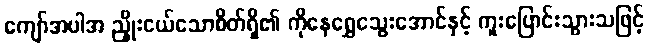
ကျော်အပါအ ညှိုးငယ်သောစိတ်ရှိ၏ ကိုနေရွှေသွေးအောင်နှင့် ကူးပြောင်းသွားသဖြင့်